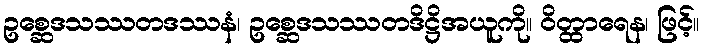
ဥစ္ဆေဒသဿတဒဿနံ၊ ဥစ္ဆေဒသဿတဒိဋ္ဌိအယူကို။ ဝိတ္ထာရေန၊ ဖြင့်။